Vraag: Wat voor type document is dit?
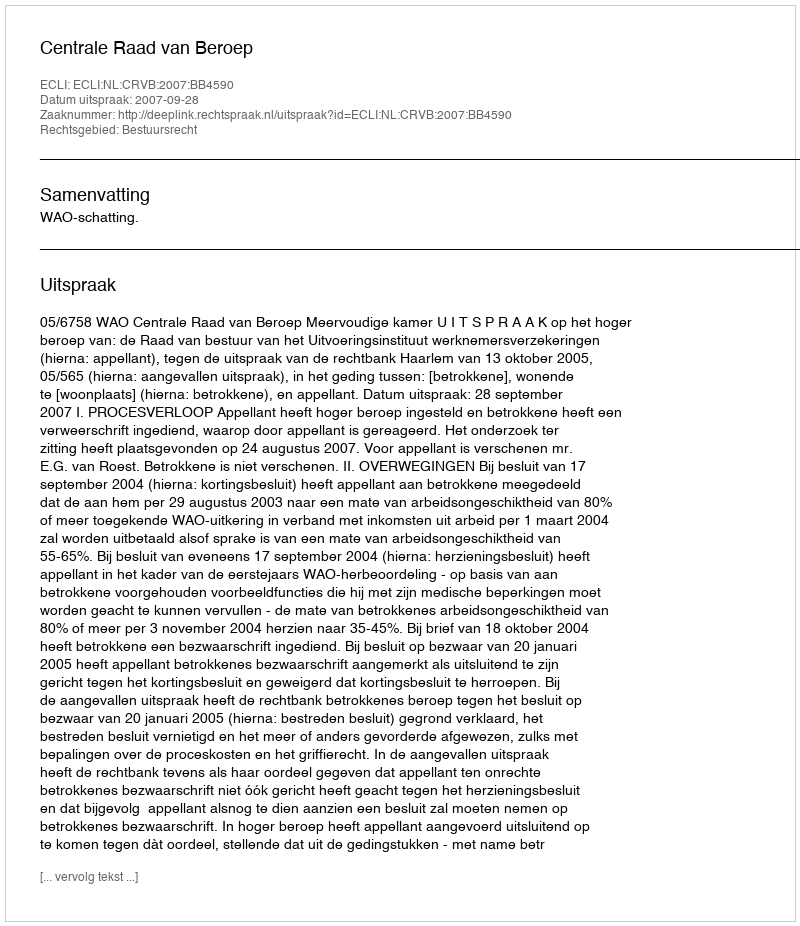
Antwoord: Uitspraak